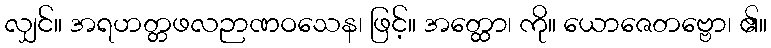
လျှင်။ အရဟတ္တဖလဉာဏဝသေန၊ ဖြင့်။ အတ္ထော၊ ကို။ ယောဇေတဗ္ဗော၊ ၏။